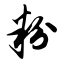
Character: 粉